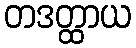
တဒတ္ထာယ